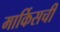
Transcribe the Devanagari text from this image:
मार्किसची